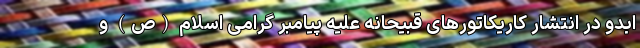
ابدو در انتشار کاریکاتورهای قبیحانه علیه پیامبر گرامی اسلام (ص) و